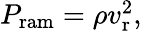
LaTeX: \begin{array}{r}{P_{\mathrm{ram}}=\rho v_{\mathrm{r}}^{2},}\end{array}